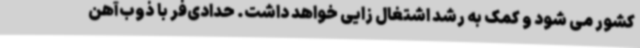
کشور می شود و کمک به رشد اشتغال زایی خواهد داشت. حدادی‌فر با ذوب‌آهن